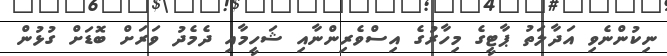
ނިކުންނެވި އަދާލަތު ޕާޓީގެ މިހާރުގެ އިސްވެރިންނާއި ޝަހީމާއި ދެމެދު ވަރަށް ބޮޑަށް ގުޅުން